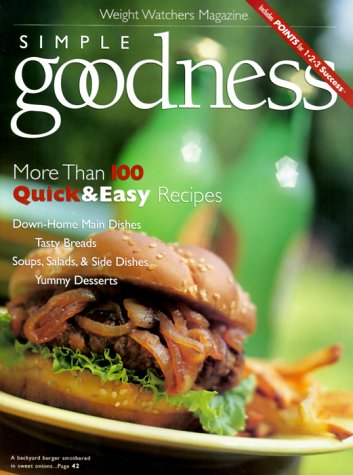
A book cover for Simple Goodness: More Than 100 Quick & Easy Recipes (Weight Watchers Magazine); Health, Fitness & Dieting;